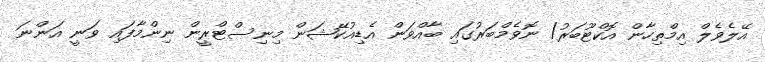
އޭލެވެލް އިމްތިހާން އޮކްޓޫބަރު/ ނޮވެމްބަރުގައި ބާއްވަން އެޑިއުކޭޝަން މިނިސްޓްރީން ނިންމާފައި ވަނީ އަންނަ